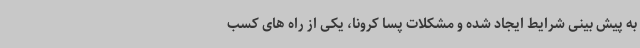
به پیش بینی شرایط ایجاد شده و مشکلات پسا کرونا، یکی از راه های کسب